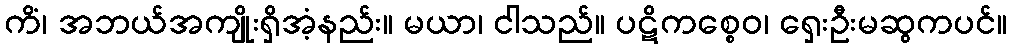
ကိံ၊ အဘယ်အကျိုးရှိအံ့နည်း။ မယာ၊ ငါသည်။ ပဋိကစ္စေဝ၊ ရှေးဦးမဆွကပင်။